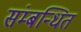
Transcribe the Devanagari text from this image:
संम्बन्धित